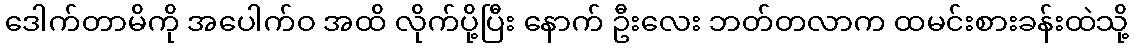
ဒေါက်တာမိကို အပေါက်ဝ အထိ လိုက်ပို့ပြီး နောက် ဦးလေး ဘတ်တလာက ထမင်းစားခန်းထဲသို့